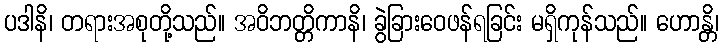
ပဒါနိ၊ တရားအစုတို့သည်။ အဝိဘတ္တိကာနိ၊ ခွဲခြားဝေဖန်ရခြင်း မရှိကုန်သည်။ ဟောန္တိ၊